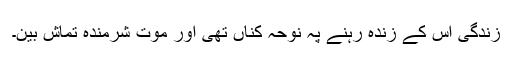
زندگی اس کے زندہ رہنے پہ نوحہ کناں تھی اور موت شرمندہ تماش بین۔